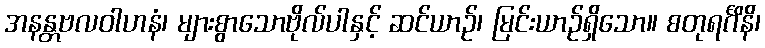
အနန္တဗလဝါဟနံ၊ များစွာသောဗိုလ်ပါနှင့် ဆင်ယာဉ်၊ မြင်းယာဉ်ရှိသော။ စတုရင်္ဂိနိ၊